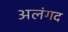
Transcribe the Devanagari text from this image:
अलंगद